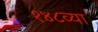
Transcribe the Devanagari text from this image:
१४८व्या